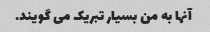
آنها به من بسیار تبریک می گویند.